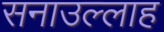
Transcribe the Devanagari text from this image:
सनाउल्‍लाह